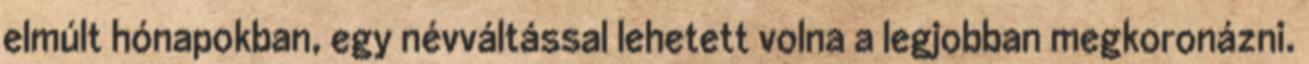
elmúlt hónapokban, egy névváltással lehetett volna a legjobban megkoronázni.